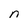
Character: n